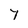
Character: 7